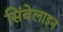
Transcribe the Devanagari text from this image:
सिंबेलाइन